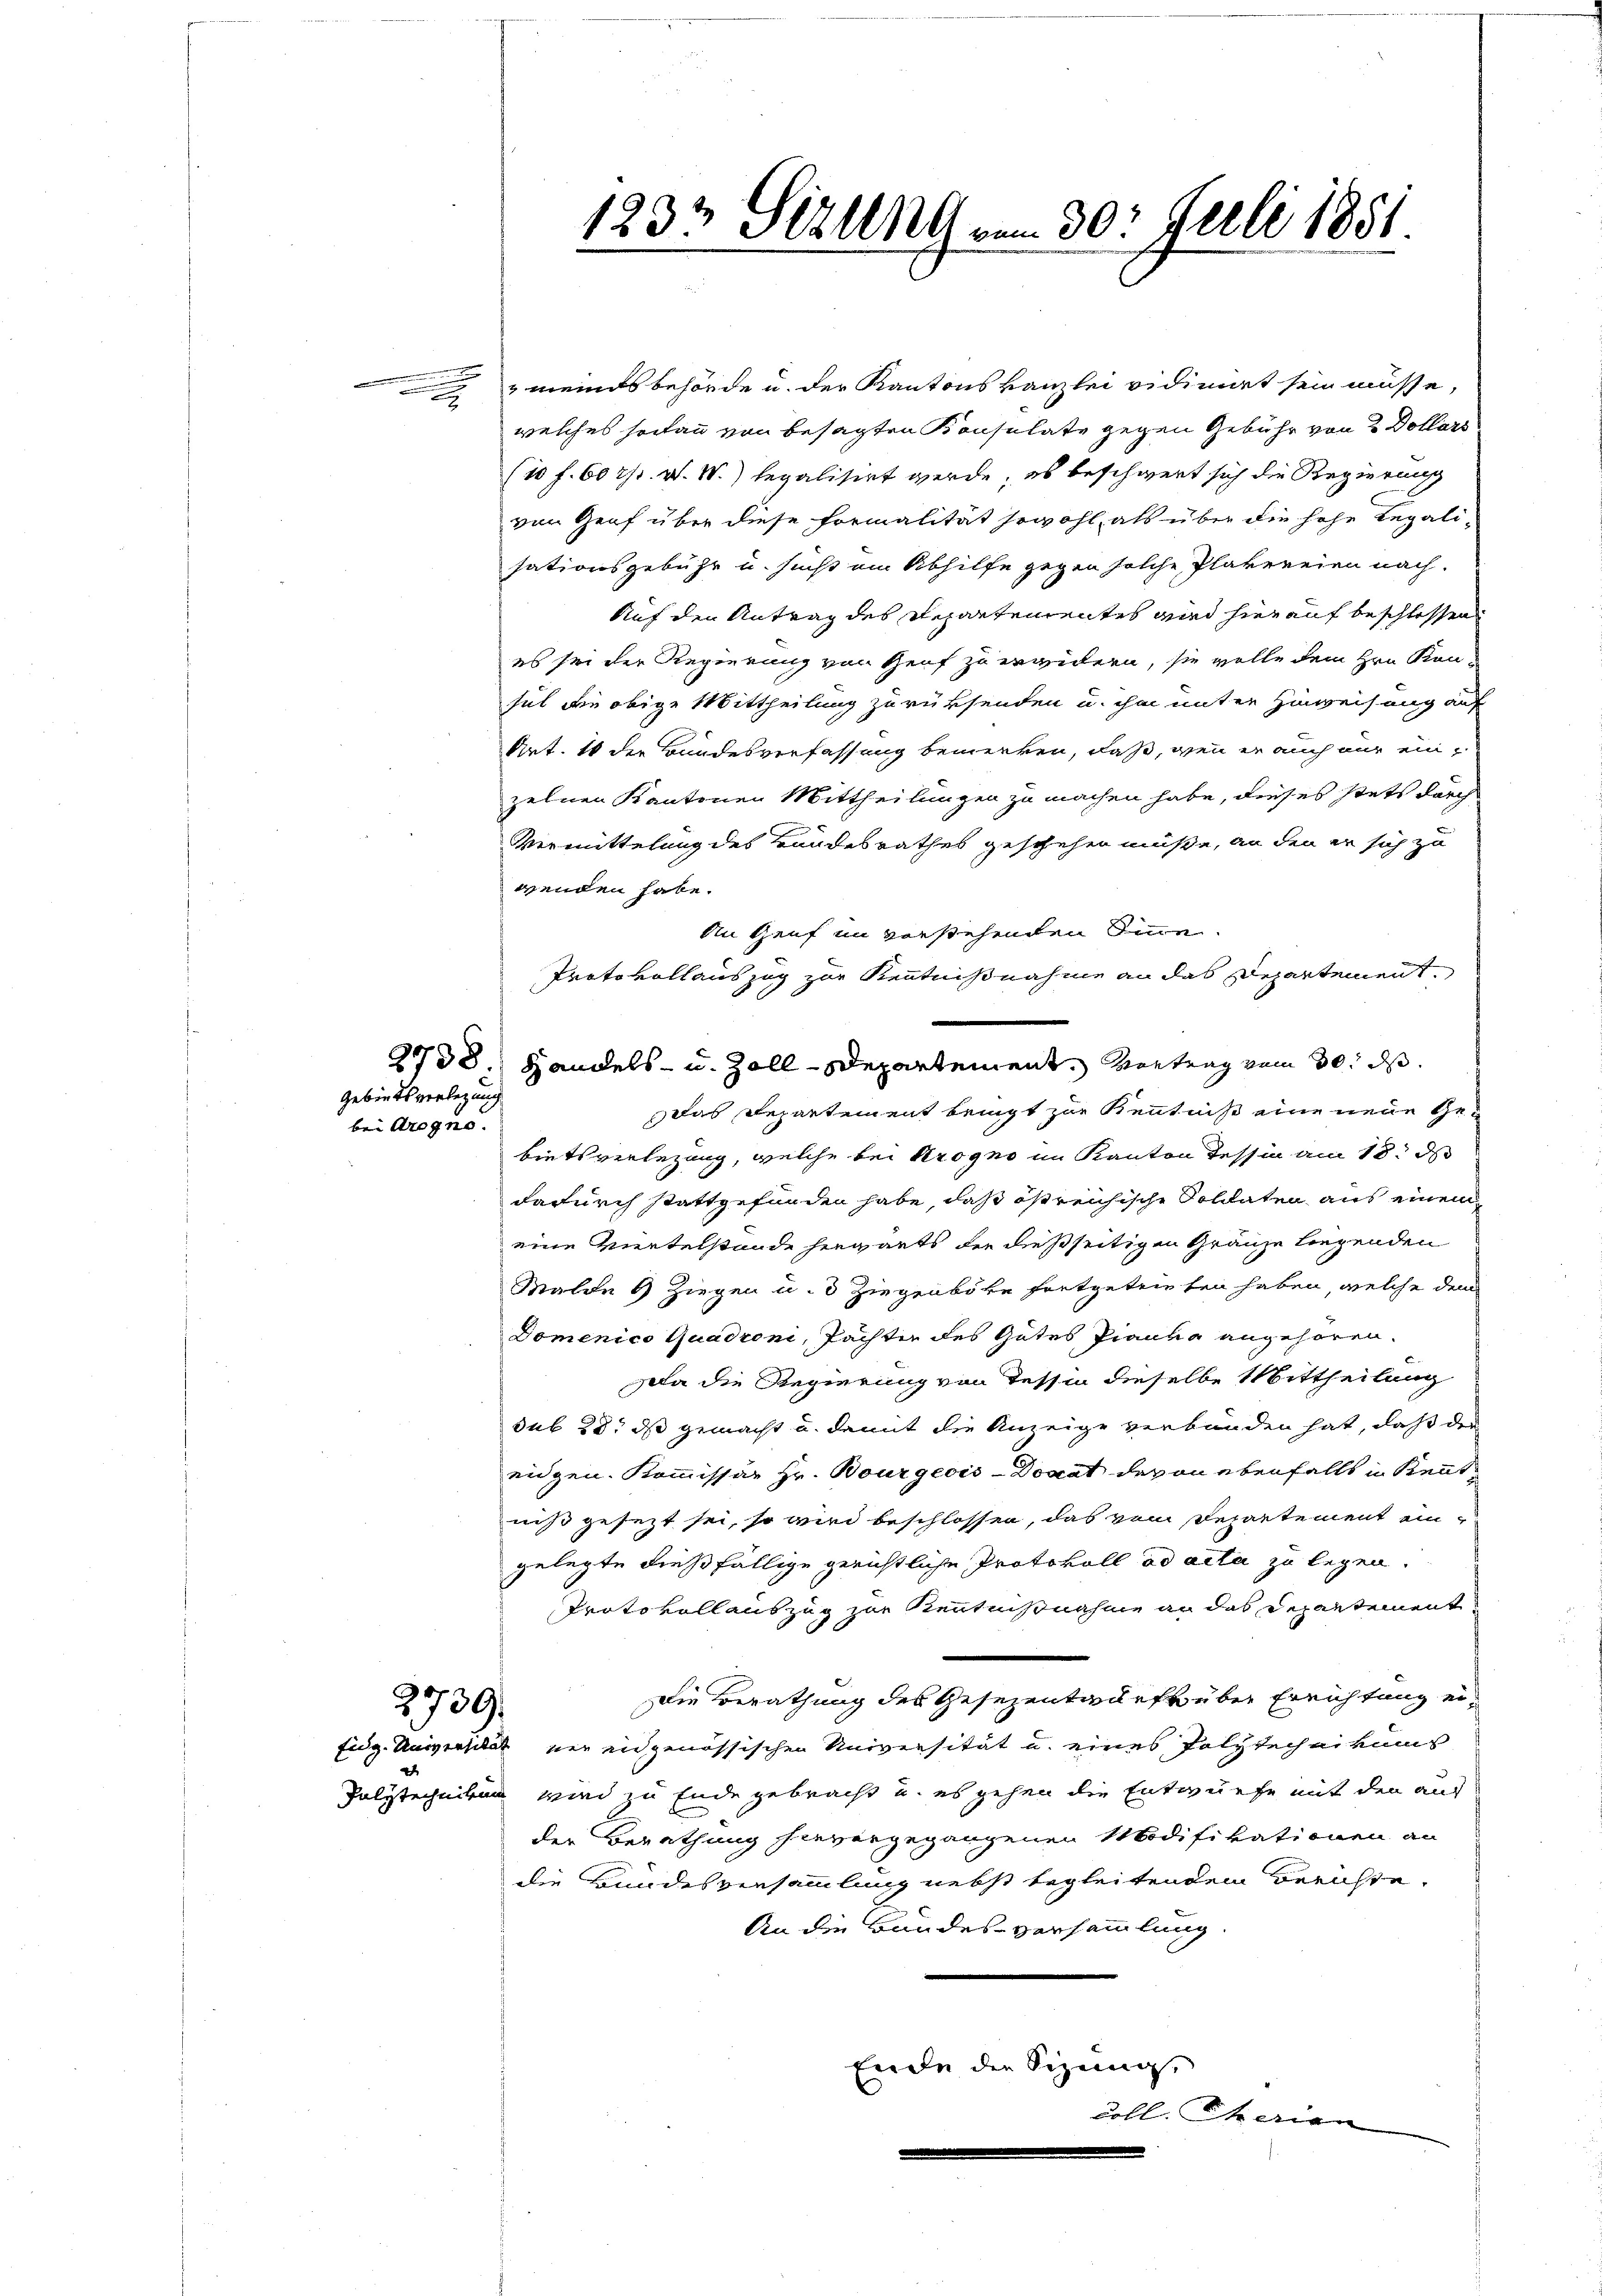
Gebiets verlegung
bei Arogno.

2739.

1233 Sizung vom 30. Juli 1881

meines behörde u. der Kantonskanzlei vidimirt sein müsse,
welches sodann von besagten Konsulate gegen Gebühr von 2 Dollars
(10 f. 60 rp. W. W.) legalisirt werde; es beschwert sich die Regierung
von Genf über diese Formalität sowohl, als über die hohe Legalisationsgebühr u. sucht ein Abhilfe gegen solche Plakereien nach.
Auf den Antrag des Departementes wird hierauf beschlossen
es sei der Regierung von Genf zu erwidern, sie wolle dem Hrn. Kansul die obige Mittheilung zurüksenden u. ihm unter Hinweisung auf
Art. 10 der Bundesverfassung bemerken, daß, wenn er auch nur einzelnen Kantonen Mittheilungen zu machen habe, dieses stets durch
Vermittelung des Bandesrathes geschehen müße, an den er sich zu
wenden habe.
An Genf im vorstehenden Sinne.
Protokollauszug zur Kenntnißnahme an das Departement.
Das Departement bringt zur Kenntniß eine neue Gebietsverlegung, welche bei Krogno im Kanton Tessin am 18. d
dadurch stattgefunden habe, daß östreichische Solidaten aus einem
eine Wertelstände hervants der dießseitigen Gränze liegenden
Malde 9 Ziegen u. 3 Ziegenböke fortgetrieben haben, welche dem
Domenico Quadroni, Pachten des Gutes Pianka angehören.
a die Regierung von Tessin dieselbe Mittheilung
sub 28. ds gemacht u. damit die Anzeige verbunden hat, daß der
eidgen. Kommissär Hr. Bourgeois-Docat davon ebenfalls in Kenntniß gesezt sei, so wird beschlossen, das vom Departement eingelegte dießfällige gerichtliche Protokoll ad acta zu legen.
Protokollauszug zur Kenntnißnahme an das Departement
Die Berathung des Gesezentwurfe über Errichtung eifidg. Universitat der eigenössischen Universität u. eines Polytechnikums
Polytechnikum wird zu Ende gebracht u. es gehen die Entwurfe mit den auf
der Berathung hievergegangenen Modifikationen an
die Bundesversammlung nebst begleitenden Berichte
An die Bundes-Versammlung
Ende die Sizung,
coll. Iherian

2738. Handels- u. Zoll-Departement. Vortrag vom 30. ds.